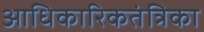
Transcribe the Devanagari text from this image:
आधिकारिकतंत्रिका